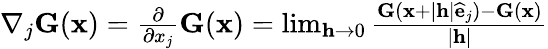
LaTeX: \begin{array}{r}{\nabla_{j}{\mathbf{G}}(\mathbf{x})=\frac{\partial}{\partial x_{j}}{\mathbf{G}}(\mathbf{x})=\operatorname*{lim}_{\mathbf{h}\rightarrow 0}\frac{{\mathbf{G}}(\mathbf{x}+|\mathbf{h}|{\widehat{\mathbf{e}}}_{j})-{\mathbf{G}}(\mathbf{x})}{|\mathbf{h}|}}\end{array}